Civil Veterinary Department. United Provinces 1923-31 - 1923-1931
Year: 1923
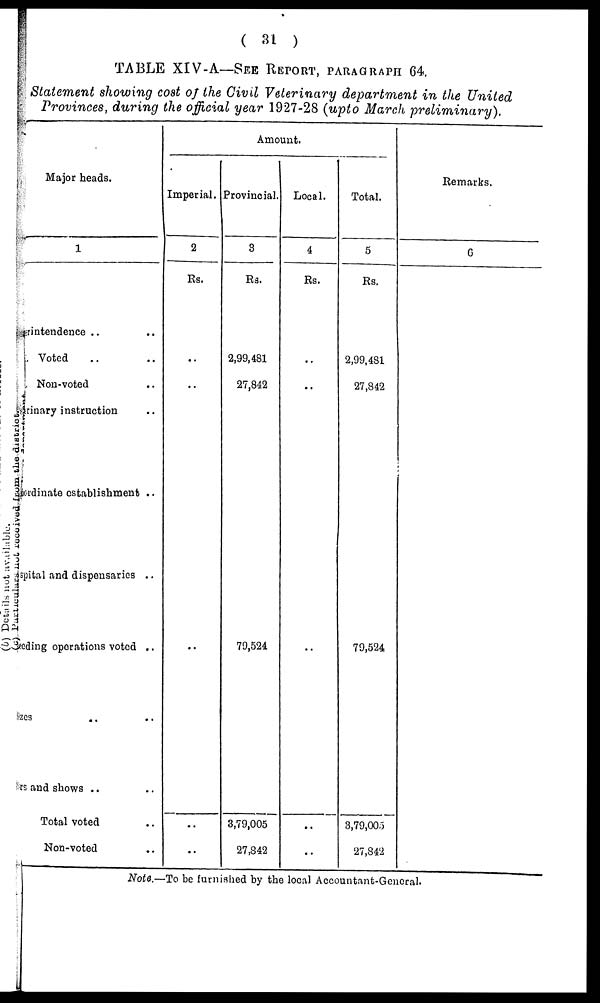
(31)
TABLE XIV-A—SEE REPORT, PATAGRAPHS 64.
Statement showing cost of the Civil Veterinary department in the United
Provinces, during the official year 1927-28 (upto March
preliminary).
Major heads.
1
rintendence .. ..
Voted .. ..
Non-voted ..
rinary instruction ..
bordinate establishment ..
spital and dispensaries ..
eding operations voted ..
zes .. ..
rs and shows .. ..
Total voted ..
Non-voted ..
Amount.
Imperial.
2
Rs.
..
..
..
..
..
Provincial.
3
Rs.
2,99,481
27,842
79,524.
3,79,005
27,842
Local.
4
Rs.
..
..
..
..
..
Total.
5
Rs.
2,99,481
27,842
79,524
3,79,005
27,842
Remarks.
6
Note.—To be furnished by the local Accountant-General.